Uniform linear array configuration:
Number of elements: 48
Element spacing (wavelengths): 0.75
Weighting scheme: kaiser
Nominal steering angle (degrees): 60
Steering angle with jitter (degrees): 59.682
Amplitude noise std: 0.05
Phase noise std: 0.05

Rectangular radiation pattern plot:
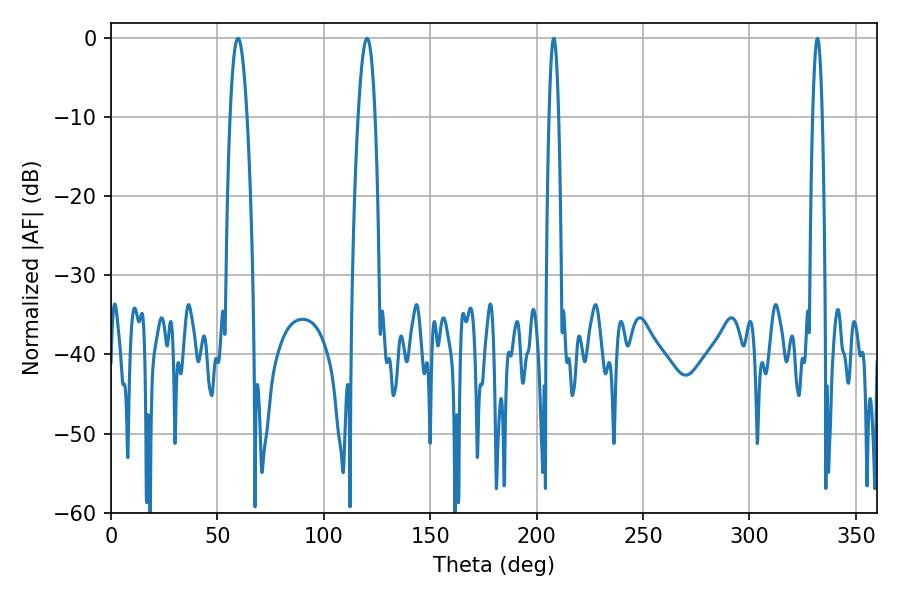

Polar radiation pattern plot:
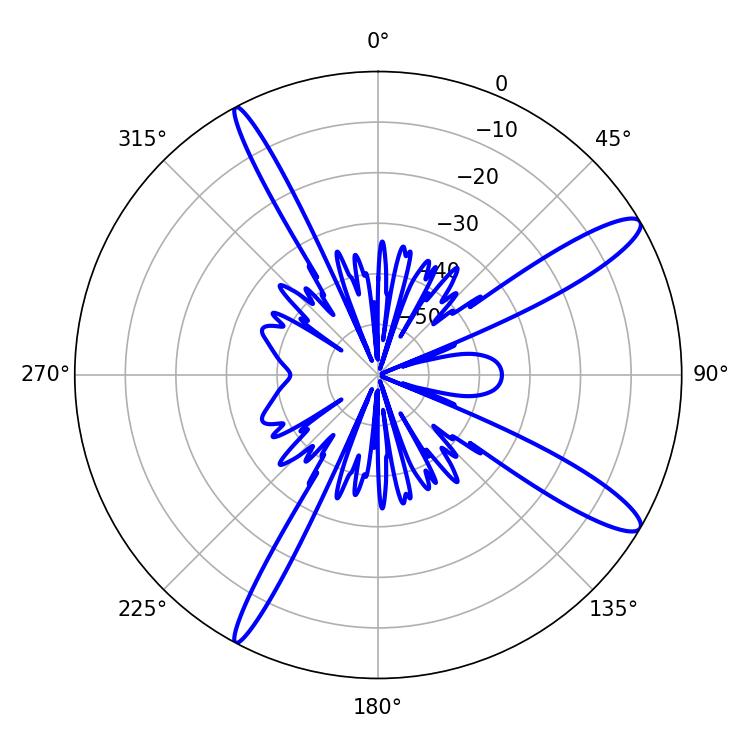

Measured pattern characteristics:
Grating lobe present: TRUE
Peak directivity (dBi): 13.059
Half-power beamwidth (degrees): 2.52
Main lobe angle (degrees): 208.08